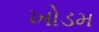
ખોડમ